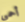
أحمي